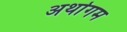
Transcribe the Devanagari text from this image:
अर्थागम